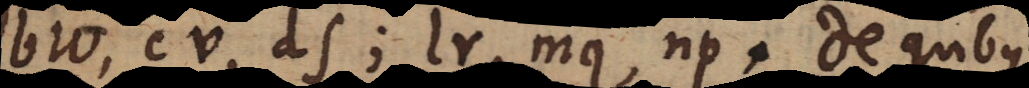
bw, cv, ds; lr, mq, np. De quibus